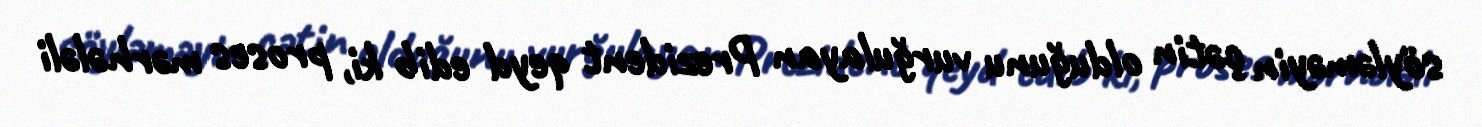
söyləməyin çətin olduğunu vurğulayan Prezident qeyd edib ki, proses mərhələli